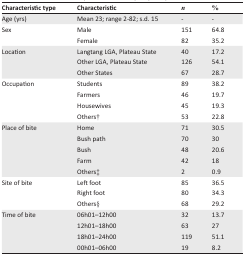
<table><thead><tr><td><b>Characteristic type</b></td><td><b>Characteristic</b></td><td><b><i>n</i></b></td><td><b>%</b></td></tr></thead><tbody><tr><td>Age (yrs)</td><td>Mean 23; range 2-82; s.d. 15</td><td>-</td><td>-</td></tr><tr><td rowspan="2">Sex</td><td>Male</td><td>151</td><td>64.8</td></tr><tr><td>Female</td><td>82</td><td>35.2</td></tr><tr><td rowspan="3">Location</td><td>Langtang LGA, Plateau State</td><td>40</td><td>17.2</td></tr><tr><td>Other LGA, Plateau State</td><td>126</td><td>54.1</td></tr><tr><td>Other States</td><td>67</td><td>28.7</td></tr><tr><td rowspan="4">Occupation</td><td>Students</td><td>89</td><td>38.2</td></tr><tr><td>Farmers</td><td>46</td><td>19.7</td></tr><tr><td>Housewives</td><td>45</td><td>19.3</td></tr><tr><td>Others†</td><td>53</td><td>22.8</td></tr><tr><td rowspan="5">Place of bite</td><td>Home</td><td>71</td><td>30.5</td></tr><tr><td>Bush path</td><td>70</td><td>30</td></tr><tr><td>Bush</td><td>48</td><td>20.6</td></tr><tr><td>Farm</td><td>42</td><td>18</td></tr><tr><td>Others‡</td><td>2</td><td>0.9</td></tr><tr><td rowspan="3">Site of bite</td><td>Left foot</td><td>85</td><td>36.5</td></tr><tr><td>Right foot</td><td>80</td><td>34.3</td></tr><tr><td>Others§</td><td>68</td><td>29.2</td></tr><tr><td rowspan="4">Time of bite</td><td>06h01–12h00</td><td>32</td><td>13.7</td></tr><tr><td>12h01–18h00</td><td>63</td><td>27</td></tr><tr><td>18h01–24h00</td><td>119</td><td>51.1</td></tr><tr><td>00h01–06h00</td><td>19</td><td>8.2</td></tr></tbody></table>